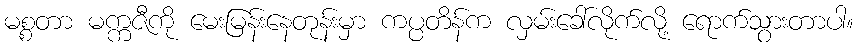
မစ္စတာ မက္ကဇီကို မေးမြန်းနေတုန်းမှာ ကပ္ပတိန်က လှမ်းခေါ်လိုက်လို့ ရောက်သွားတာပါ။